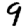
Digit: 9